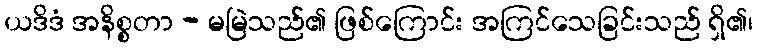
ယဒိဒံ အနိစ္စတာ - မမြဲသည်၏ ဖြစ်ကြောင်း အကြင်သေခြင်းသည် ရှိ၏၊